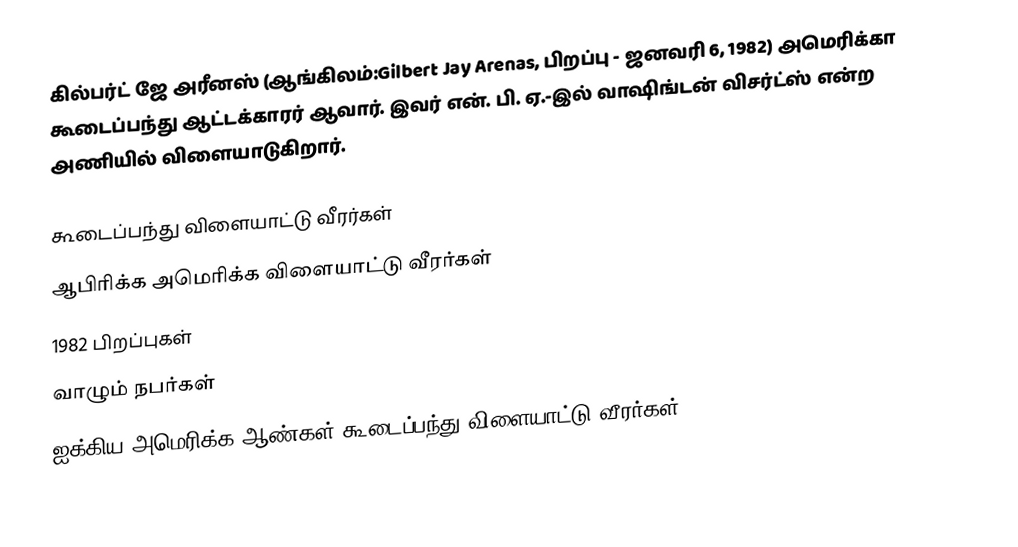
கில்பர்ட் ஜே அரீனஸ் (ஆங்கிலம்:Gilbert Jay Arenas, பிறப்பு - ஜனவரி 6, 1982) அமெரிக்கா கூடைப்பந்து ஆட்டக்காரர் ஆவார். இவர் என். பி. ஏ.-இல் வாஷிங்டன் விசர்ட்ஸ் என்ற அணியில் விளையாடுகிறார்.

கூடைப்பந்து விளையாட்டு வீரர்கள்
ஆபிரிக்க அமெரிக்க விளையாட்டு வீரர்கள்
1982 பிறப்புகள்
வாழும் நபர்கள்
ஐக்கிய அமெரிக்க ஆண்கள் கூடைப்பந்து விளையாட்டு வீரர்கள்